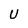
Character: U